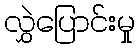
လွှဲပြောင်းမှု